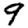
Digit: 9